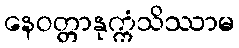
နေဝတ္တာနုက္ကံသိဿာမ